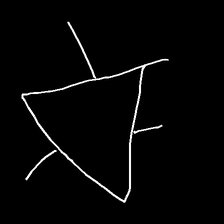
Glyph: fire